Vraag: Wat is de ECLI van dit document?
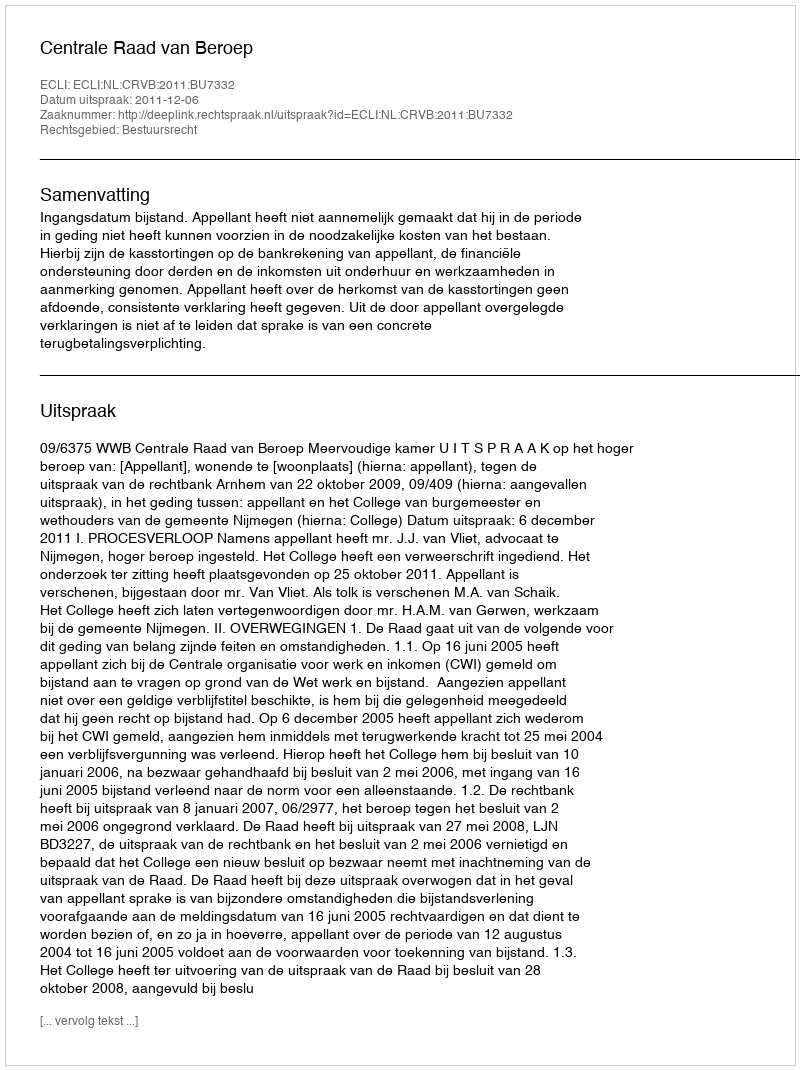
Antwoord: ECLI:NL:CRVB:2011:BU7332